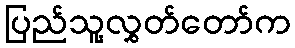
ပြည်သူ့လွှတ်တော်က